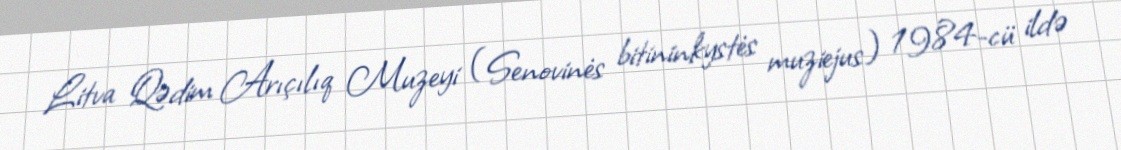
Litva Qədim Arıçılıq Muzeyi (Senovinės bitininkystės muziejus) 1984-cü ildə